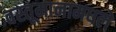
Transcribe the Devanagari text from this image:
वस्तूमानामधले